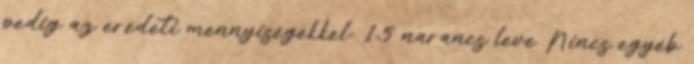
pedig az eredeti mennyiségekkel: 1,5 narancs leve Nincs egyéb